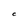
Character: C